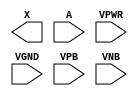
module sky130_fd_sc_lp__busreceiver (
    X   ,
    A   ,
    VPWR,
    VGND,
    VPB ,
    VNB
);

    output X   ;
    input  A   ;
    input  VPWR;
    input  VGND;
    input  VPB ;
    input  VNB ;
endmodule